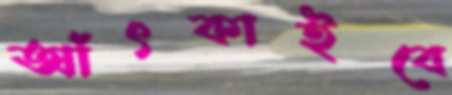
আঁৎকাইবে